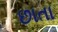
છાતા